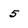
Character: 5